Annual statistical returns and brief notes on vaccination in Bengal - 1909-1929
Year: 1909
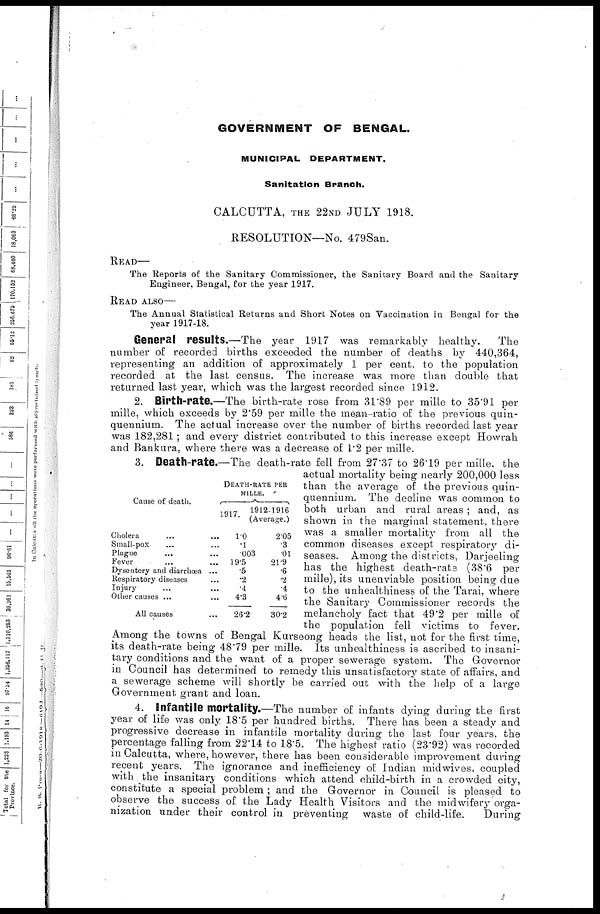
GOVERNMENT OF BENGAL.
MUNICIPAL
DEPARTMENT.
Sanitation Branch.
CALCUTTA, THE 22ND JULY 1918.
RESOLUTION—No. 479San.
READ—
The Reports of the Sanitary Commissioner, the Sanitary Board and the Sanitary
Engineer, Bengal, for the year 1917.
READ ALSO—
The Annual Statistical Returns and Short Notes on Vaccination in Bengal for the
year 1917-18.
General results.—The year 1917 was remarkably healthy.
The
number of recorded births exceeded the number of deaths by 440,364,
representing an addition of approximately 1 per cent. to the population
recorded at the last census. The increase was more than double that
returned last year, which was the largest recorded since 1912.
2. Birth-rate.—The birth-rate rose from 31.89 per mille to 35.91 per
mille, which exceeds by 2.59 per mille the mean ratio of the previous quin-
quennium. The actual increase over the number of births recorded last year
was 182,281; and every district contributed to this increase except Howrah
and Bankura, where there was a decrease of 1.2 per mille.
Cause of death.
Cholera ... ...
Small-pox... ...
Plague... ...
Fever... ...
Dysentery and diarrhoea ...
Respiratory diseases...
Injury...
Other causes ...
All causes...
DEATH-RATE PER
MILLE.
1917.
1.0
.1
.003
19.5
.5
.2
.4
4.3
26.2
1912-1916
(Average.)
2.05
.3
.01
21.9
.6
.2
.4
4.6
30.2
3. Death-rate.—The death-rate fell from 27.37 to 26.19 per mille. the
actual mortality being nearly 200,000 less
than the average of the previous quin-
quennium. The decline was common to
both urban and rural areas; and, as
shown in the marginal statement, there
was a smaller mortality from all the
common diseases except respiratory di-
seases. Among the districts, Darjeeling
has the highest death-rate (38.6 per
mille), its unenviable position being due
to the unhealthiness of the Tarai, where
the Sanitary Commissioner records the
melancholy fact that 49.2 per mille of
the population fell victims to fever.
Among the towns of Bengal Kurseong heads the list, not for the first time,
its death-rate being 48.79 per mille. Its unhealthiness is ascribed to insani-
tary conditions and the want of a proper sewerage system. The Governor
in Council has determined to remedy this unsatisfactory state of affairs, and
a sewerage scheme will shortly be carried out with the help of a large
Government grant and loan.
4. Infantile mortality.—The number of infants dying during the first
year of life was only 18.5 per hundred births. There has been a steady and
progressive decrease in infantile mortality during the last four years, the
percentage falling from 22.14 to 18.5. The highest ratio (23.92) was recorded
in Calcutta, where, however, there has been considerable improvement during
recent years. The ignorance and inefficiency of Indian mid wives, coupled
with the insanitary conditions which attend child-birth in a crowded city,
constitute a special problem ; and the Governor in Council is pleased to
observe the success of the Lady Health Visitors and the midwifery orga-
nization under their control in preventing waste of child-life.
During